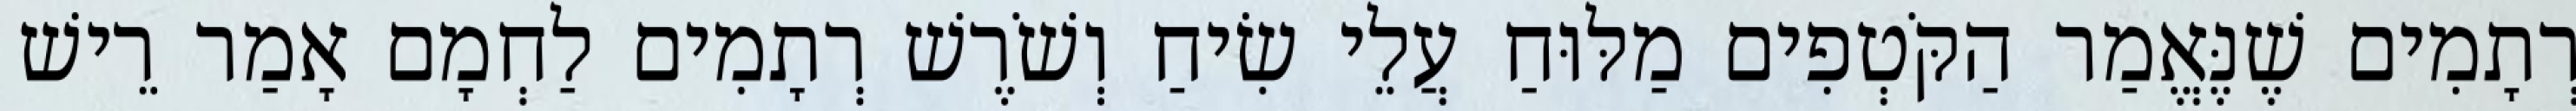
רְתָמִים שֶׁנֶּאֱמַר הַקֹּטְפִים מַלּוּחַ עֲלֵי שִׂיחַ וְשֹׁרֶשׁ רְתָמִים לַחְמָם אָמַר רֵישׁ